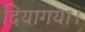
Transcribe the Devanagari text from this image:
दियागया।